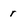
Character: r